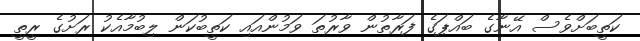
ކަތީބަށްވެސް އޭނާގެ ބައްޕަގެ ފަރާތުން ވާރުތަ ވަމުންއައި ކަތީބުކަން ލިބުމާއެކު ރަށުގެ ރީތީ